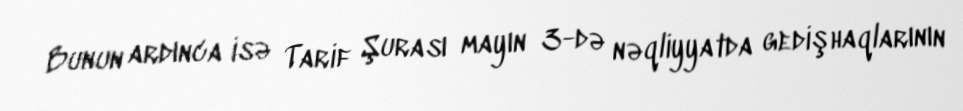
Bunun ardınca isə Tarif Şurası mayın 3-də nəqliyyatda gedişhaqlarının